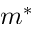
m ^ { * }